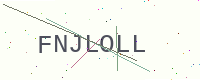
Text: FNJLOLL